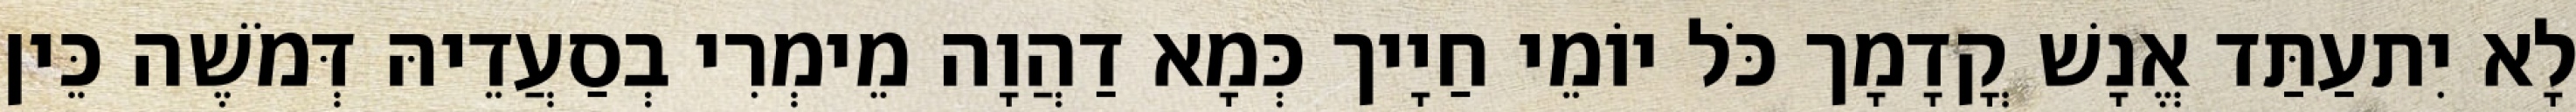
לָא יִתעַתַּד אֱנָשׁ קֳדָמָך כֹּל יוֹמֵי חַיָיך כְּמָא דַהֲוָה מֵימְרִי בְסַעֲדֵיהּ דְּמֹשֶׁה כֵּין